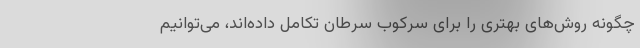
چگونه روش‌های بهتری را برای سرکوب سرطان تکامل داده‌اند، می‌توانیم